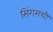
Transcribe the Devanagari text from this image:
सिंगमची